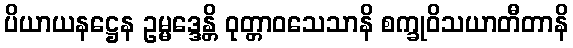
ပိယာယနဋ္ဌေန ဥမ္မဒ္ဒေန္တိ ဝုတ္တာဝသေသာနိ စက္ခုဝိသယာတီတာနိ